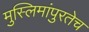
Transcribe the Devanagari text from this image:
मुस्लिमांपुरतेच